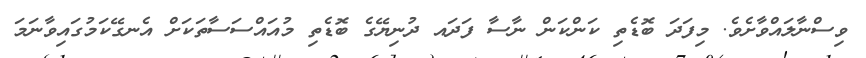
ވިސްނާލައްވާށެވެ. މިފަދަ ބޮޑެތި ކަންކަން ނާސާ ފަދައ ދުނިޔޭގެ ބޮޑެތި މުއައްސަސާތަކަށް އެނގޭކަމުގައިވާނަމަ